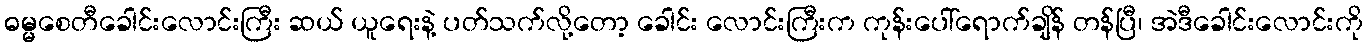
ဓမ္မစေတီခေါင်းလောင်းကြီး ဆယ် ယူရေးနဲ့ ပတ်သက်လို့တော့ ခေါင်း လောင်းကြီးက ကုန်းပေါ်ရောက်ချိန် တန်ပြီ၊ အဲဒီခေါင်းလောင်းကို